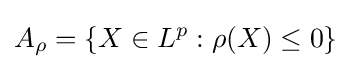
A_{\rho }=\{X\in L^{p}:\rho (X)\leq 0\}